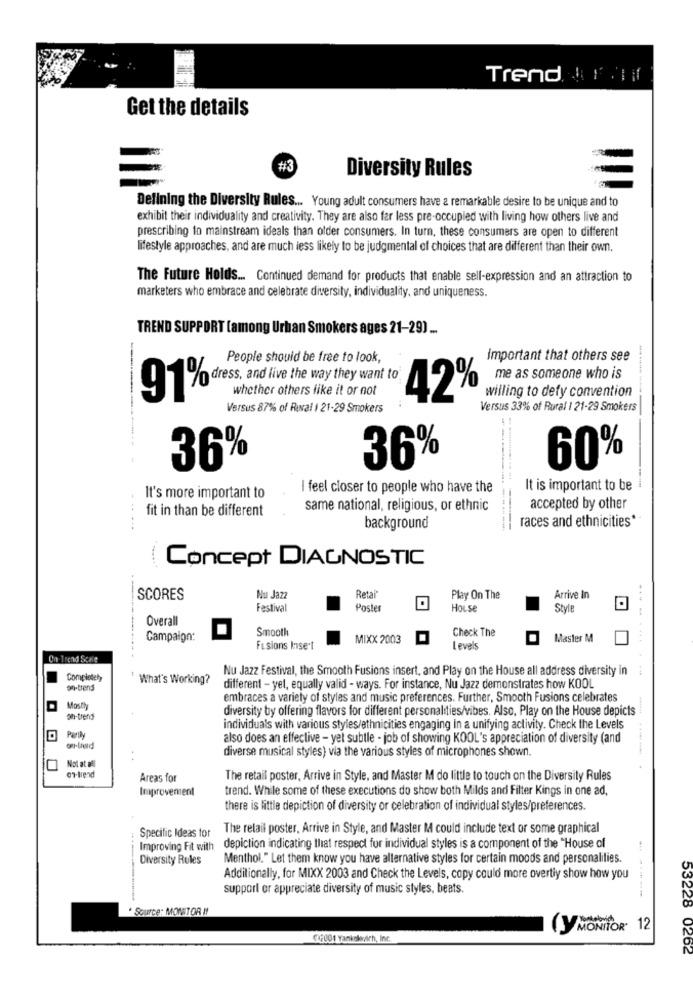
Trend F 1
Get the details
#3
Diversity Rules
Defining the Diversity Rules ... Young adult consumers have a remarkable desire to be unique and to
exhibit their individuality and creativity. They are also far less pre-occupied with living how others live and
prescribing to mainstream ideals than older consumers. In turn, these consumers are open to different
lifestyle approaches, and are much less likely to be judgmental of choices that are different than their own.
The Future Holds ... Continued demand for products that enable sell-expression and an attraction to
marketers who embrace and celebrate diversity, individuality, and uniqueness.
TREND SUPPORT [among Urban Smokers ages 21-29) ...
People should be free to look,
Important that others see
me as someone who is
whether others like it or not
willing to defy convention
91% dress, and live the way they want to
42%
Versus 87% of Ruval 1 21-29 Smokers
Versus 33% of Rural | 21-29 Smokers
36%
36%
60%
I feel closer to people who have the
It is important to be
It's more important to
fit in than be different
same national, religious, or ethnic
accepted by other
races and ethnicities*
background
Concept DIAGNOSTIC
Retal
SCORES
Nu Jazz
Play On The
Arrive In
Festival
Poster
House
Style
Overall
Smooth
Check The
Campaign:
MIXX 2003
Master M
Fusions Insert
Levels
On Trend Scale
Nu Jazz Festival, the Smooth Fusions insert, and Play on the House all address diversity in
Completely
What's Working?
n-trens
different - yet, equally valid - ways. For instance, Nu Jazz demonstrates how KOOL
embraces a variety of styles and music preferences. Further, Smooth Fusions celebrates
Mostly
diversity by offering flavors for different personalities/vibes. Also, Play on the House depicts
ah-trend
individuals with various styles/ethnicities engaging In a unifying activity. Check the Levels
Partly
also does an effective - yet subtle - job of showing KOOL's appreciation of diversity (and
diverse musical styles) via the various styles of microphones shown.
Not at all
07-trend
Areas for
The retail poster, Arrive in Style, and Master M do little to touch on the Diversity Rules
Improvement
trend. While some of these executions do show both Milds and Filter Kings in one ad,
there is little depiction of diversity or celebration of individual styles/preferences.
Specific Ideas for
The retail poster, Arrive in Style, and Master M could include text or some graphical
Improving Fit with
depiction indicating that respect for individual styles is a component of the "House of
Diversity Rules
Menthol," Let them know you have alternative styles for certain moods and personalities.
Additionally, for MIXX 2003 and Check the Levels, copy could more overtiy show how you
support er appreciate diversity of music styles, beats.
- -----
Source: MONITOR !!
(Y MONITOR 12
07001 Yankelevich, Inc.
53228 0262